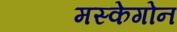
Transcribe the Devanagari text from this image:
मस्केगोन